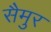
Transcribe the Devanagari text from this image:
सैमुर